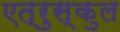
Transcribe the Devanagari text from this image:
एत्रुस्कुल